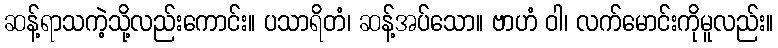
ဆန့်ရာသကဲ့သို့လည်းကောင်း။ ပသာရိတံ၊ ဆန့်အပ်သော။ ဗာဟံ ဝါ၊ လက်မောင်းကိုမူလည်း။